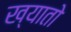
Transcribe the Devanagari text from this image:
ख्यातो